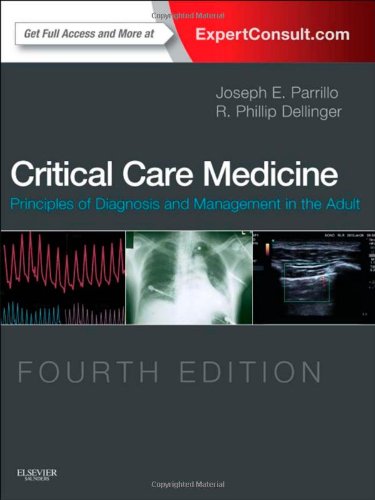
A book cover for Critical Care Medicine: Principles of Diagnosis and Management in the Adult, 4e; Joseph E. Parrillo MD  FCCM; Medical Books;